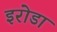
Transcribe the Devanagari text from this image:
इरोडा